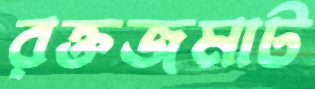
রক্তজমাট